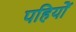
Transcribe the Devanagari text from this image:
पहियोें